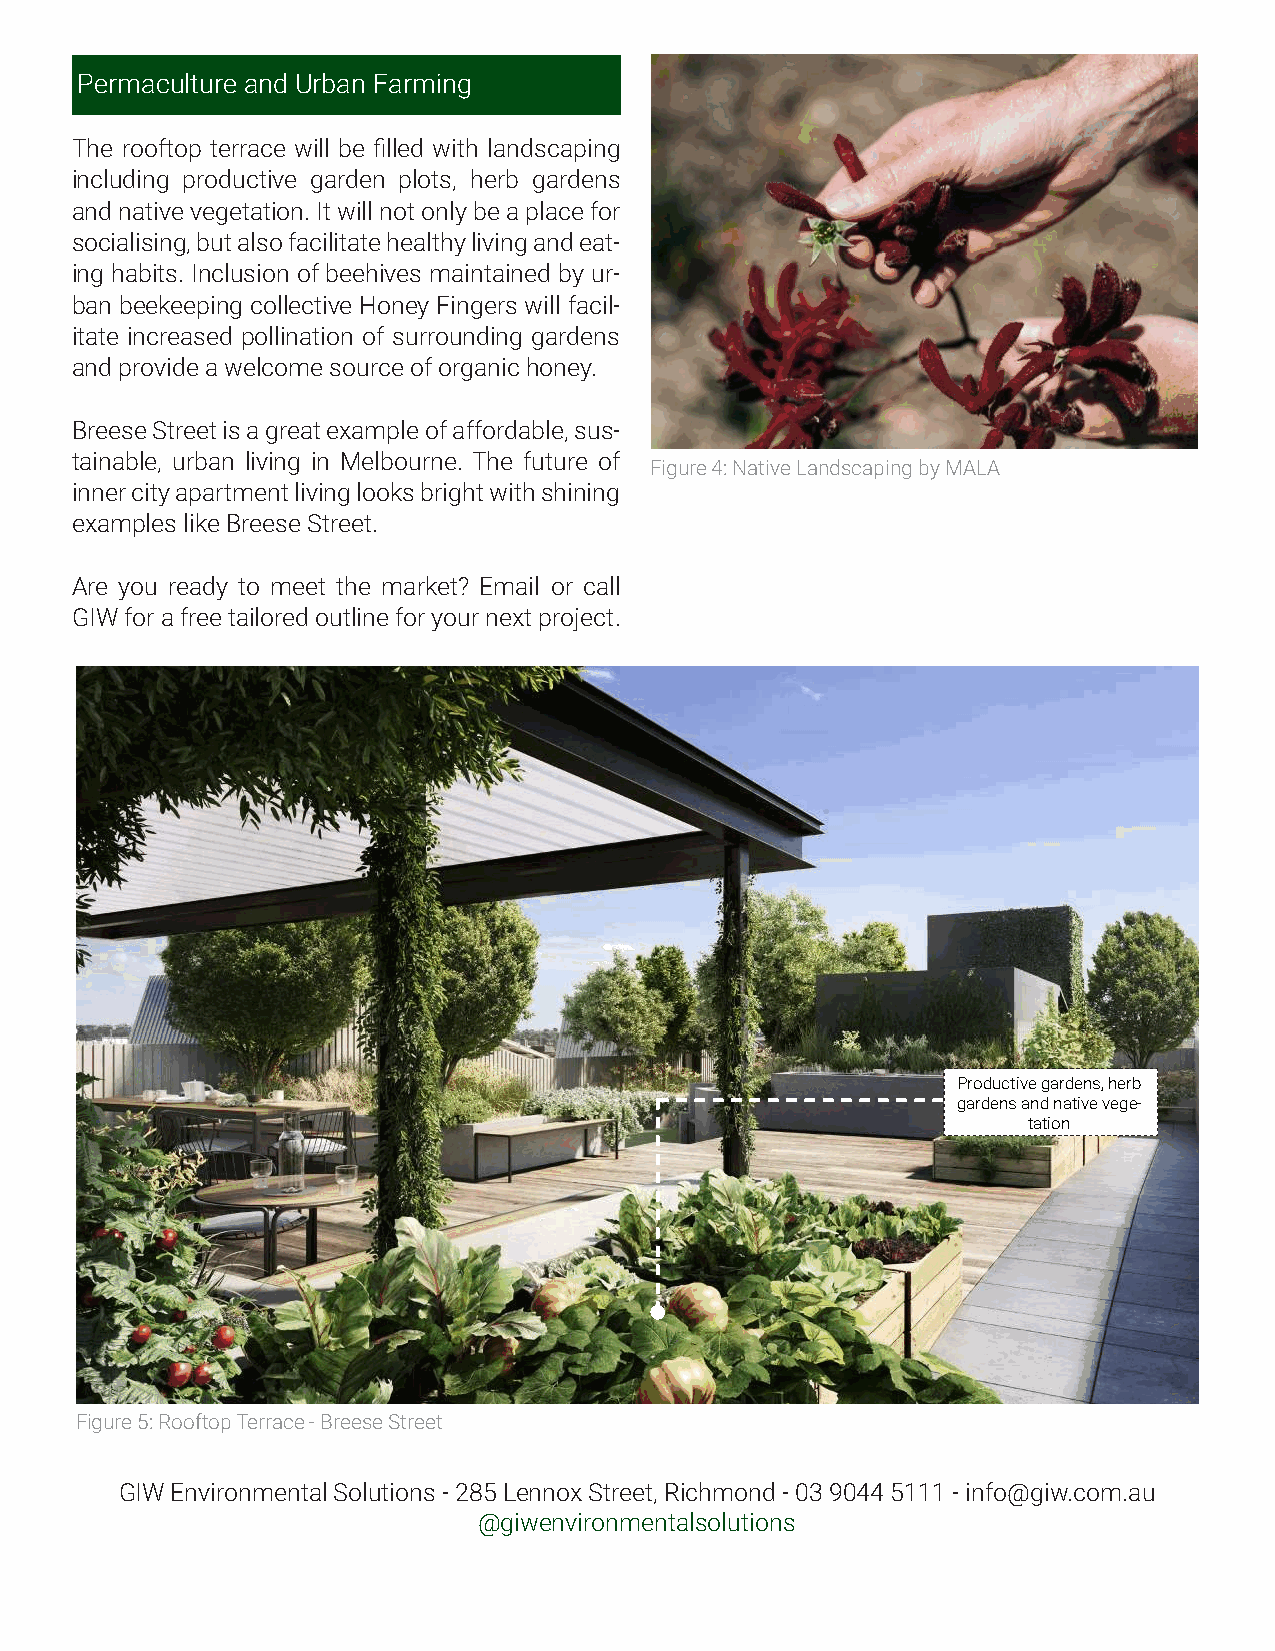
Permaculture and Urban Farming
 The rooftop terrace will be filled with landscaping
 including productive garden plots, herb gardens
 and native vegetation. It will not only be a place for
 socialising, but also facilitate healthy living and eat-
 ing habits. Inclusion of beehives maintained by ur-
 ban beekeeping collective Honey Fingers will facil-
 itate increased pollination of surrounding gardens
 and provide a welcome source of organic honey.
 Breese Street is a great example of affordable, sus-
 tainable, urban living in Melbourne. The future of
 Figure 4: Native Landscaping by MALA
 inner city apartment living looks bright with shining
 examples like Breese Street.
 Are you ready to meet the market? Email or call
 GIW for a free tailored outline for your next project.
 Productive gardens, herb
 gardens and native vege-
 tation
 Figure 5: Rooftop Terrace - Breese Street
 GIW Environmental Solutions - 285 Lennox Street, Richmond - 03 9044 5111 - info@giw.com.au
 @giwenvironmentalsolutions